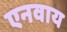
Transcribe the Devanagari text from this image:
एनवाय